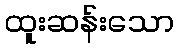
ထူးဆန်းသော